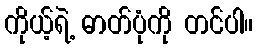
ကိုယ့်ရဲ့ ဓာတ်ပုံကို တင်ပါ။